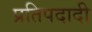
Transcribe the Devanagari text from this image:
प्रतिपदादी